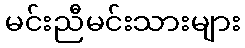
မင်းညီမင်းသားများ